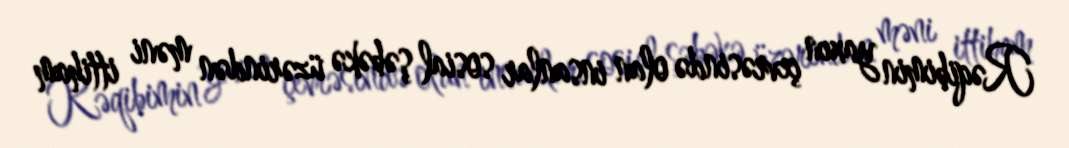
Rəqibimin yaxın çevrəsində olan insanlar sosial şəbəkə üzərindən məni ittiham